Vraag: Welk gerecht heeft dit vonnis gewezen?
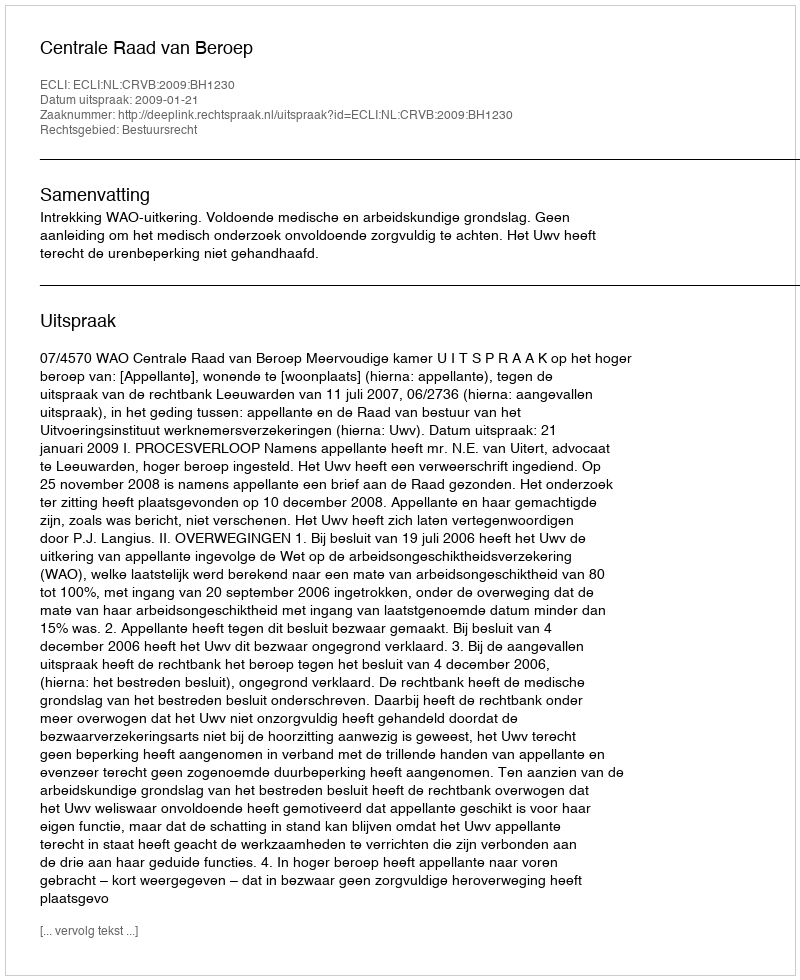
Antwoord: Centrale Raad van Beroep